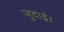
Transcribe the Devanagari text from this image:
जुदाई।